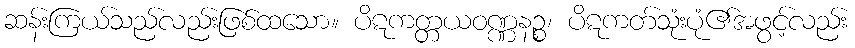
ဆန်းကြယ်သည်လည်းဖြစ်ထသော။ ပိဋကတ္တယဝဏ္ဏနဉ္စ၊ ပိဋကတ်သုံးပုံ၏အဖွင့်လည်း